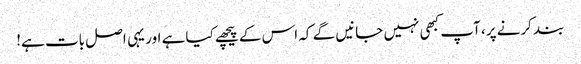
بند کرنے پر، آپ کبھی نہیں جانیں گے کہ اس کے پیچھے کیا ہے اور یہی اصل بات ہے!